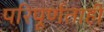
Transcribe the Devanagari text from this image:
परिपूर्णताही